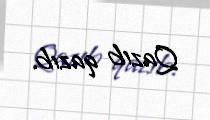
Qazıb qazıb.